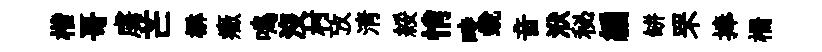
楷哥虜芒楙癥鳴沒村攷清綏悄畤蛻音洑秘編缾罘捧栅